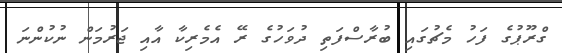
ގްރޫޕުގެ ފަހު މެޗުގައި ބުރާސްފަތި ދުވަހުގެ ރޭ އެމެރިކާ އާއި ޖަރުމަން ނުކުންނަ